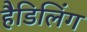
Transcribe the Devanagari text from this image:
हैडिलिंग